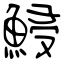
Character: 鮼